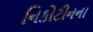
નિકોટીનના